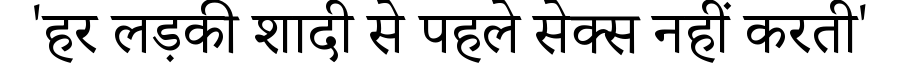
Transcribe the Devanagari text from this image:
'हर लड़की शादी से पहले सेक्स नहीं करती'